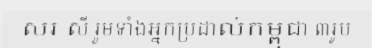
សរ សី រួមទាំងអ្នកប្រដាល់កម្ពុជា ៣រូប